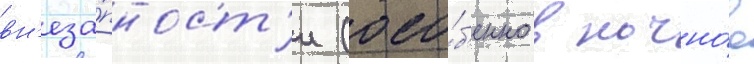
вн'еза́пност'и (осо́б'енно в ночно́е